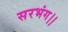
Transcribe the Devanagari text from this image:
सरभंग।।